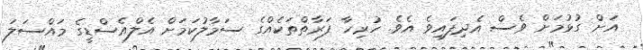
އަށް ގުޅުމަށް ވެސް އެދިފައިވެ އެވެ. ހުރިހާ ފަރާތްތަކެއްގެ ސަމާލުކަމަށް އެލްއެސްޑީގެ މައްސަލަ